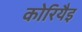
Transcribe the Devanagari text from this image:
कोरियैइ